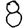
Digit: 8